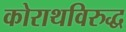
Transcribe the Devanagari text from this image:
कोराथविरुद्ध